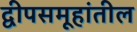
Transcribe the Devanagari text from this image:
द्वीपसमूहांतील